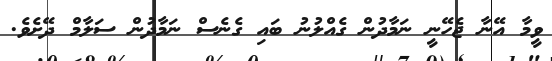
ވީމާ އޭނާ ޖެހޭނީ ނަމާދުން ގެއްލުނު ބައި ގެނެސް ނަމާދުން ސަލާމް ދޭށެވެ.